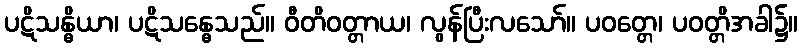
ပဋိသန္ဓိယာ၊ ပဋိသန္ဓေသည်။ ဝီတိဝတ္တာယ၊ လွန်ပြီးလသော်။ ပဝတ္တေ၊ ပဝတ္တိအခါ၌။